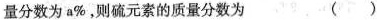
量分数为a%，则硫元素的质量分数为（）